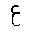
Letter: _ayn